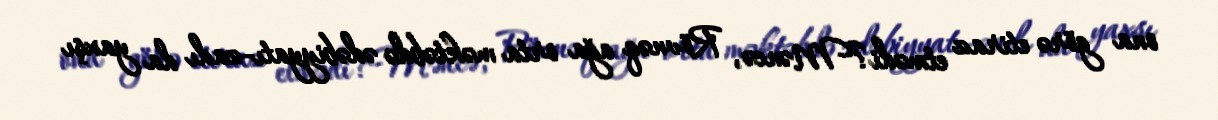
ona görə etiraz etmədi?Məncə, Rövnəq ağa orta məktəbdə ədəbiyyatı-zadı da yaxşı